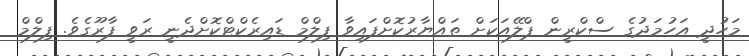
މަހުދީ އަހުމަދުގެ ސްކްރީން ޕްލޭއަކަށް ތައްޔާރުކޮށްފައިވާ ފިލްމް ޑައިރެކްޓްކޮށްދެނީ ރަވީ ފާރޫގެވެ. ފިލްމް